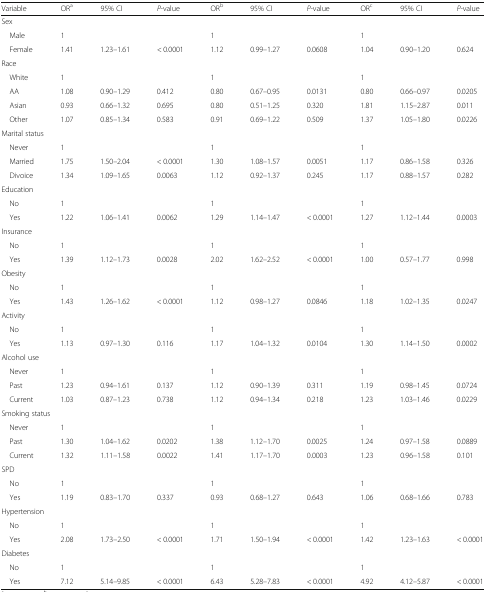
<table><thead><tr><td><b>Variable</b></td><td><b>OR<sup>a</sup></b></td><td><b>95% CI</b></td><td><b><i>P</i>-value</b></td><td><b>OR<sup>b</sup></b></td><td><b>95% CI</b></td><td><b><i>P</i>-value</b></td><td><b>OR<sup>c</sup></b></td><td><b>95% CI</b></td><td><b><i>P</i>-value</b></td></tr></thead><tbody><tr><td colspan="10">Sex</td></tr><tr><td> Male</td><td>1</td><td></td><td></td><td>1</td><td></td><td></td><td>1</td><td></td><td></td></tr><tr><td> Female</td><td>1.41</td><td>1.23–1.61</td><td>&lt; 0.0001</td><td>1.12</td><td>0.99–1.27</td><td>0.0608</td><td>1.04</td><td>0.90–1.20</td><td>0.624</td></tr><tr><td colspan="10">Race</td></tr><tr><td> White</td><td>1</td><td></td><td></td><td>1</td><td></td><td></td><td>1</td><td></td><td></td></tr><tr><td> AA</td><td>1.08</td><td>0.90–1.29</td><td>0.412</td><td>0.80</td><td>0.67–0.95</td><td>0.0131</td><td>0.80</td><td>0.66–0.97</td><td>0.0205</td></tr><tr><td> Asian</td><td>0.93</td><td>0.66–1.32</td><td>0.695</td><td>0.80</td><td>0.51–1.25</td><td>0.320</td><td>1.81</td><td>1.15–2.87</td><td>0.011</td></tr><tr><td> Other</td><td>1.07</td><td>0.85–1.34</td><td>0.583</td><td>0.91</td><td>0.69–1.22</td><td>0.509</td><td>1.37</td><td>1.05–1.80</td><td>0.0226</td></tr><tr><td colspan="10">Marital status</td></tr><tr><td> Never</td><td>1</td><td></td><td></td><td>1</td><td></td><td></td><td>1</td><td></td><td></td></tr><tr><td> Married</td><td>1.75</td><td>1.50–2.04</td><td>&lt; 0.0001</td><td>1.30</td><td>1.08–1.57</td><td>0.0051</td><td>1.17</td><td>0.86–1.58</td><td>0.326</td></tr><tr><td> Divoice</td><td>1.34</td><td>1.09–1.65</td><td>0.0063</td><td>1.12</td><td>0.92–1.37</td><td>0.245</td><td>1.17</td><td>0.88–1.57</td><td>0.282</td></tr><tr><td colspan="10">Education</td></tr><tr><td> No</td><td>1</td><td></td><td></td><td>1</td><td></td><td></td><td>1</td><td></td><td></td></tr><tr><td> Yes</td><td>1.22</td><td>1.06–1.41</td><td>0.0062</td><td>1.29</td><td>1.14–1.47</td><td>&lt; 0.0001</td><td>1.27</td><td>1.12–1.44</td><td>0.0003</td></tr><tr><td colspan="10">Insurance</td></tr><tr><td> No</td><td>1</td><td></td><td></td><td>1</td><td></td><td></td><td>1</td><td></td><td></td></tr><tr><td> Yes</td><td>1.39</td><td>1.12–1.73</td><td>0.0028</td><td>2.02</td><td>1.62–2.52</td><td>&lt; 0.0001</td><td>1.00</td><td>0.57–1.77</td><td>0.998</td></tr><tr><td colspan="10">Obesity</td></tr><tr><td> No</td><td>1</td><td></td><td></td><td>1</td><td></td><td></td><td>1</td><td></td><td></td></tr><tr><td> Yes</td><td>1.43</td><td>1.26–1.62</td><td>&lt; 0.0001</td><td>1.12</td><td>0.98–1.27</td><td>0.0846</td><td>1.18</td><td>1.02–1.35</td><td>0.0247</td></tr><tr><td colspan="10">Activity</td></tr><tr><td> No</td><td>1</td><td></td><td></td><td>1</td><td></td><td></td><td>1</td><td></td><td></td></tr><tr><td> Yes</td><td>1.13</td><td>0.97–1.30</td><td>0.116</td><td>1.17</td><td>1.04–1.32</td><td>0.0104</td><td>1.30</td><td>1.14–1.50</td><td>0.0002</td></tr><tr><td colspan="10">Alcohol use</td></tr><tr><td> Never</td><td>1</td><td></td><td></td><td>1</td><td></td><td></td><td>1</td><td></td><td></td></tr><tr><td> Past</td><td>1.23</td><td>0.94–1.61</td><td>0.137</td><td>1.12</td><td>0.90–1.39</td><td>0.311</td><td>1.19</td><td>0.98–1.45</td><td>0.0724</td></tr><tr><td> Current</td><td>1.03</td><td>0.87–1.23</td><td>0.738</td><td>1.12</td><td>0.94–1.34</td><td>0.218</td><td>1.23</td><td>1.03–1.46</td><td>0.0229</td></tr><tr><td colspan="10">Smoking status</td></tr><tr><td> Never</td><td>1</td><td></td><td></td><td>1</td><td></td><td></td><td>1</td><td></td><td></td></tr><tr><td> Past</td><td>1.30</td><td>1.04–1.62</td><td>0.0202</td><td>1.38</td><td>1.12–1.70</td><td>0.0025</td><td>1.24</td><td>0.97–1.58</td><td>0.0889</td></tr><tr><td> Current</td><td>1.32</td><td>1.11–1.58</td><td>0.0022</td><td>1.41</td><td>1.17–1.70</td><td>0.0003</td><td>1.23</td><td>0.96–1.58</td><td>0.101</td></tr><tr><td colspan="10">SPD</td></tr><tr><td> No</td><td>1</td><td></td><td></td><td>1</td><td></td><td></td><td>1</td><td></td><td></td></tr><tr><td> Yes</td><td>1.19</td><td>0.83–1.70</td><td>0.337</td><td>0.93</td><td>0.68–1.27</td><td>0.643</td><td>1.06</td><td>0.68–1.66</td><td>0.783</td></tr><tr><td colspan="10">Hypertension</td></tr><tr><td> No</td><td>1</td><td></td><td></td><td>1</td><td></td><td></td><td>1</td><td></td><td></td></tr><tr><td> Yes</td><td>2.08</td><td>1.73–2.50</td><td>&lt; 0.0001</td><td>1.71</td><td>1.50–1.94</td><td>&lt; 0.0001</td><td>1.42</td><td>1.23–1.63</td><td>&lt; 0.0001</td></tr><tr><td colspan="10">Diabetes</td></tr><tr><td> No</td><td>1</td><td></td><td></td><td>1</td><td></td><td></td><td>1</td><td></td><td></td></tr><tr><td> Yes</td><td>7.12</td><td>5.14–9.85</td><td>&lt; 0.0001</td><td>6.43</td><td>5.28–7.83</td><td>&lt; 0.0001</td><td>4.92</td><td>4.12–5.87</td><td>&lt; 0.0001</td></tr></tbody></table>